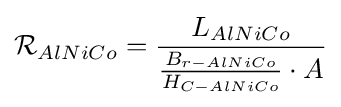
{\mathcal {R}}_{AlNiCo}={\frac {L_{AlNiCo}}{{\frac {B_{r-AlNiCo}}{H_{C-AlNiCo}}}\cdot A}}